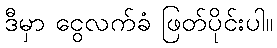
ဒီမှာ ငွေလက်ခံ ဖြတ်ပိုင်းပါ။